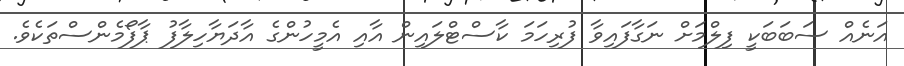
އަނެއް ސަބަބަކީ ފިލްމަށް ނަގާފައިވާ ފުރިހަމަ ކާސްޓްލައިން އާއި އެމީހުންގެ އާދަޔާހިލާފު ޕާފޯމެންސްތަކެވެ.